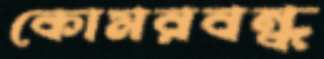
কোমরবন্ধ